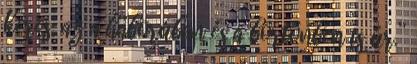
keres, az a háborúban és a börtönben is úr.”